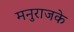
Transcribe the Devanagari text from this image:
मनुराजके